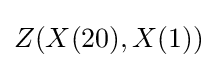
Z(X(20),X(1))